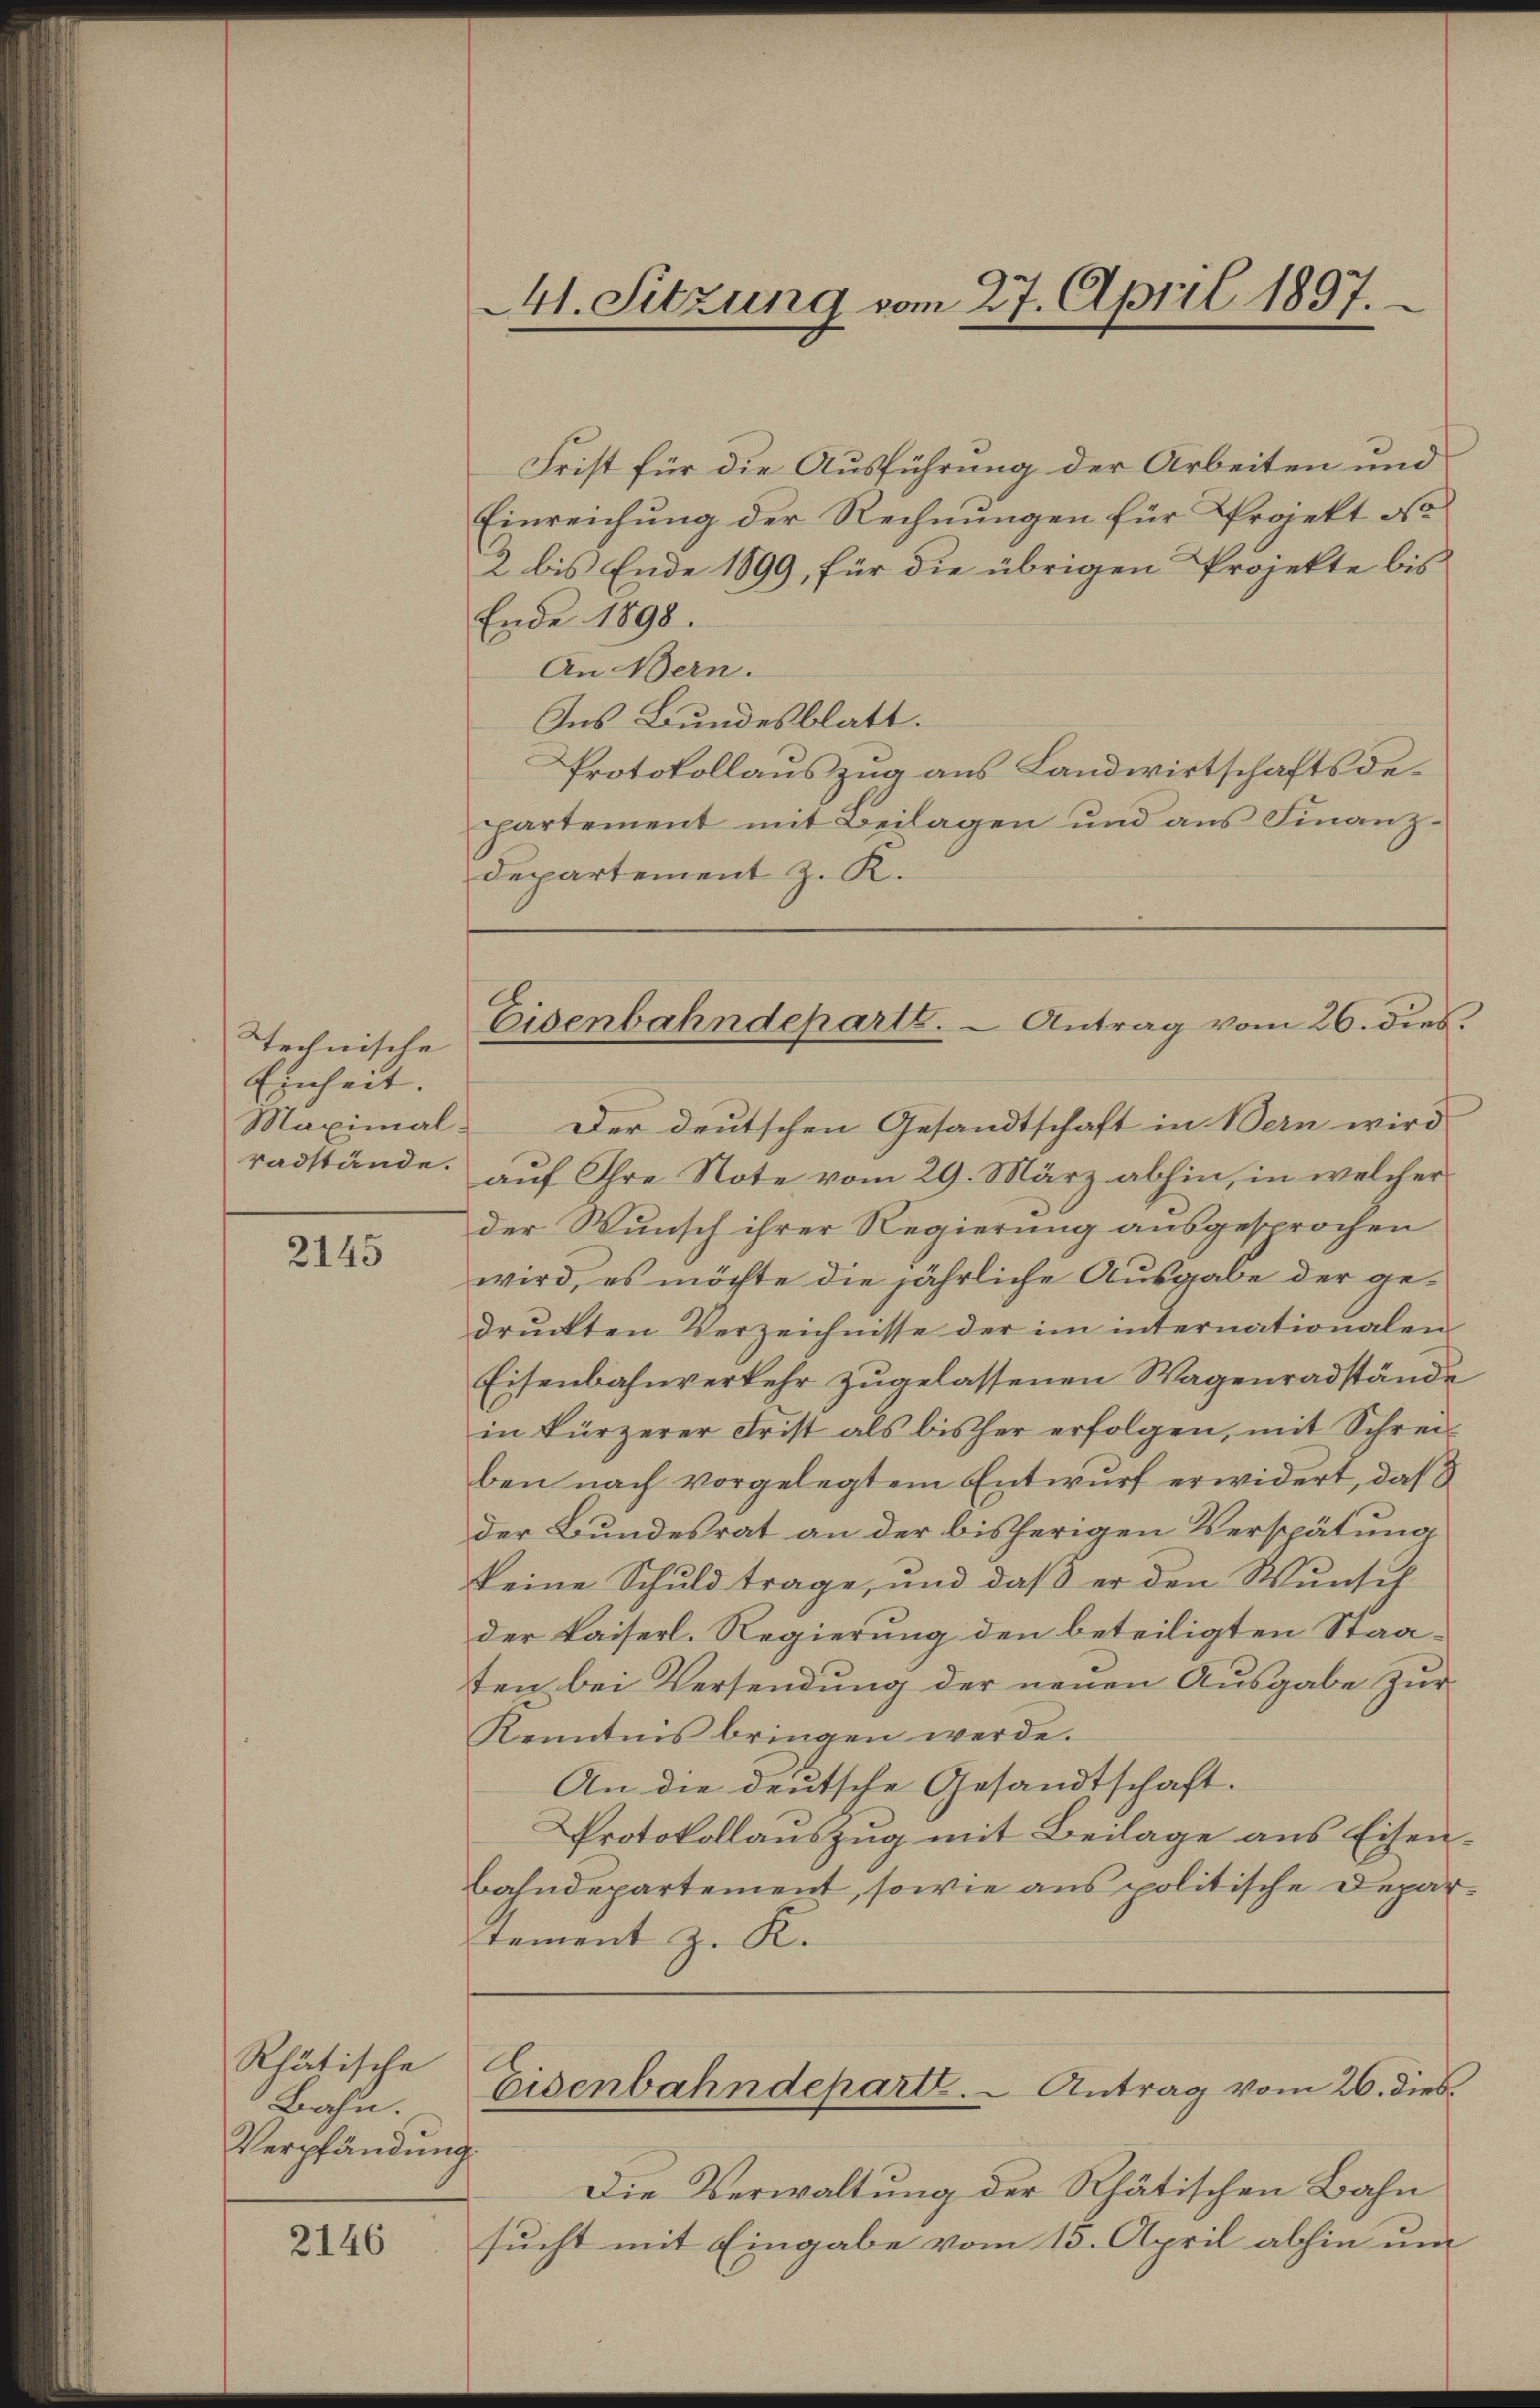
technische
Einheit.
Maximal-
radstände.

2145

Rhätische
Bahn.
Verpfändung

2146

41. Sitzung vom 27. April 1897.

Eisenbahndeparte. - Antrag vom 26. dies.

Frist für die Ausführung der Arbeiten und
Einreichung der Rechnungen für Projekt do
2 bis Ende 1899, für die übrigen Projekte bis
Ende 1898.
An Bern.
Ins Bundesblatt.
Protokollauszug aus Landwirtschaftsdepartement mit Beilagen und aus Finanzdepartement z. R.
Der deutschen Gesandtschaft in Bern wird
auf Ihre Note vom 29. März abhin, in welcher
der Wunsch ihrer Regierung ausgesprochen
wird, es möchte die jährliche Ausgabe der gedruckten Verzeichnisse der im internationalen
Eisenbahnverkehr zugelassenen Wagenradstände
in kürzerer Frist als bisher erfolgen, mit Schrei
ben nach vorgelegtem Entwurf erwidert, daß
der Bundesrat an der bisherigen Verspätung
keine Schuld trage, und daß er den Wunsch
der Kaiserl. Regierung den beteiligten Staaten bei Versendung der neuen Ausgabe zur
Kenntnis bringen werde.
An die deutsche Gesandtschaft.
Protokollauszug mit Beilage aus Eisen-
bahndepartement, sowie aus politische Depardement z. K.
Eisenbahndeparte. - Antrag vom 26. dies
.
Die Verwaltung der Rhätischen Bahn
sucht mit Eingabe vom 15. April abhin um